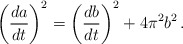
\begin{align*}\left({da\over dt}\right)^2 = \left({db\over dt}\right)^2+4\pi^2 b^2 \, .\end{align*}